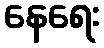
နေရေး